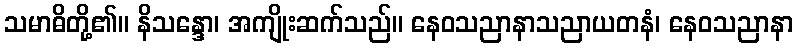
သမာဓိတို့၏။ နိသန္ဒော၊ အကျိုးဆက်သည်။ နေဝသညာနာသညာယတနံ၊ နေဝသညာနာ